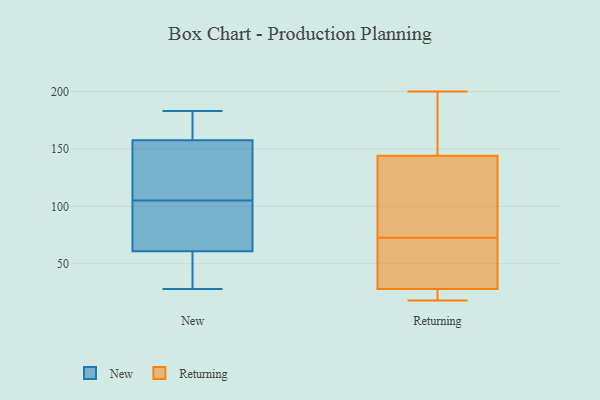
{"axis": {"x": "Production Output", "y": "Value"}, "legend": ["New", "Returning"], "data": [{"x": "", "y": 53, "type": "New"}, {"x": "", "y": 28, "type": "New"}, {"x": "", "y": 183, "type": "New"}, {"x": "", "y": 157, "type": "New"}, {"x": "", "y": 68, "type": "New"}, {"x": "", "y": 143, "type": "New"}, {"x": "", "y": 63, "type": "New"}, {"x": "", "y": 159, "type": "New"}, {"x": "", "y": 100, "type": "New"}, {"x": "", "y": 167, "type": "New"}, {"x": "", "y": 54, "type": "New"}, {"x": "", "y": 146, "type": "New"}, {"x": "", "y": 105, "type": "New"}, {"x": "", "y": 18, "type": "Returning"}, {"x": "", "y": 70, "type": "Returning"}, {"x": "", "y": 200, "type": "Returning"}, {"x": "", "y": 28, "type": "Returning"}, {"x": "", "y": 165, "type": "Returning"}, {"x": "", "y": 22, "type": "Returning"}, {"x": "", "y": 119, "type": "Returning"}, {"x": "", "y": 58, "type": "Returning"}, {"x": "", "y": 194, "type": "Returning"}, {"x": "", "y": 21, "type": "Returning"}, {"x": "", "y": 51, "type": "Returning"}, {"x": "", "y": 73, "type": "Returning"}, {"x": "", "y": 72, "type": "Returning"}, {"x": "", "y": 112, "type": "Returning"}, {"x": "", "y": 144, "type": "Returning"}, {"x": "", "y": 89, "type": "Returning"}, {"x": "", "y": 158, "type": "Returning"}, {"x": "", "y": 26, "type": "Returning"}]}